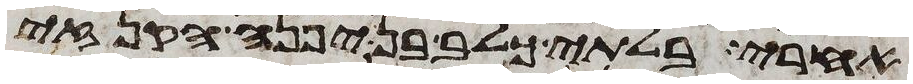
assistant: אחרי בלתי כלב בן יפנה הקנזי